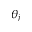
\theta _ { j }